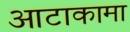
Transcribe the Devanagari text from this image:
आटाकामा